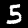
Digit: 5